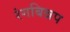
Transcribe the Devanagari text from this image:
रंगबिन्नप